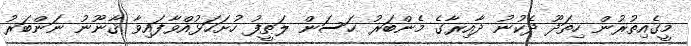
މީގެއިތުރުން ހިތަދޫ ދެކުނު ދާއިރާގެ މެންބަރު ޙަސަން ލަޠީފު ހުށަހަޅުއްވާފައިވާ ޤާނޫނު ނަންބަރު